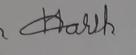
Signature authenticity: forged